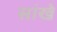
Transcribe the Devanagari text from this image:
सांखे